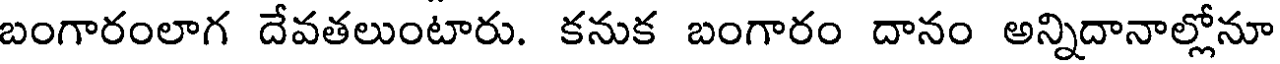
బంగారంలాగ దేవతలుంటారు. కనుక బంగారం దానం అన్నిదానాల్లోనూ